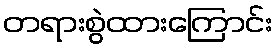
တရားစွဲထားကြောင်း